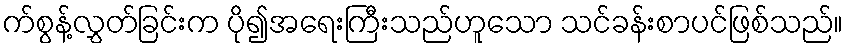
က်စွန့်လွှတ်ခြင်းက ပို၍အရေးကြီးသည်ဟူသော သင်ခန်းစာပင်ဖြစ်သည်။